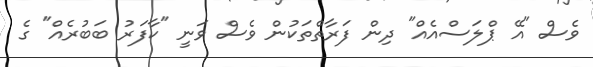
ވެސް "އޭ ޕްލަސްއެއް" ދިން ފަރާތްތަކުން ވެސް ވަނީ "ކާފަރު ބަބުރެއް" ގެ